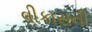
વીકાસની